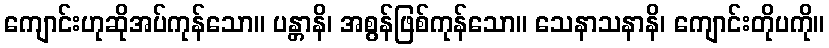
ကျောင်းဟုဆိုအပ်ကုန်သော။ ပန္တာနိ၊ အစွန်ဖြစ်ကုန်သော။ သေနာသနာနိ၊ ကျောင်းတိုပကို။